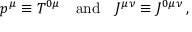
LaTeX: p ^ { \mu } \equiv T ^ { 0 \mu } \quad \mathrm { a n d } \quad { \cal J } ^ { \mu \nu } \equiv { \cal J } ^ { 0 \mu \nu } \, ,